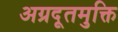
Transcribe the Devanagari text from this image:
अग्रदूतमुक्ति